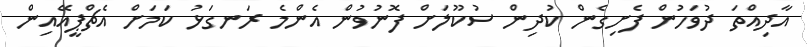
އާދިއްތަ ދުވަހުން ފެށިގެން ކުދިން ސުކޫލަށް ފޮނުވުން އެންމެ ރަނގަޅު ކަމަށް އެޗްޕީއޭއިން